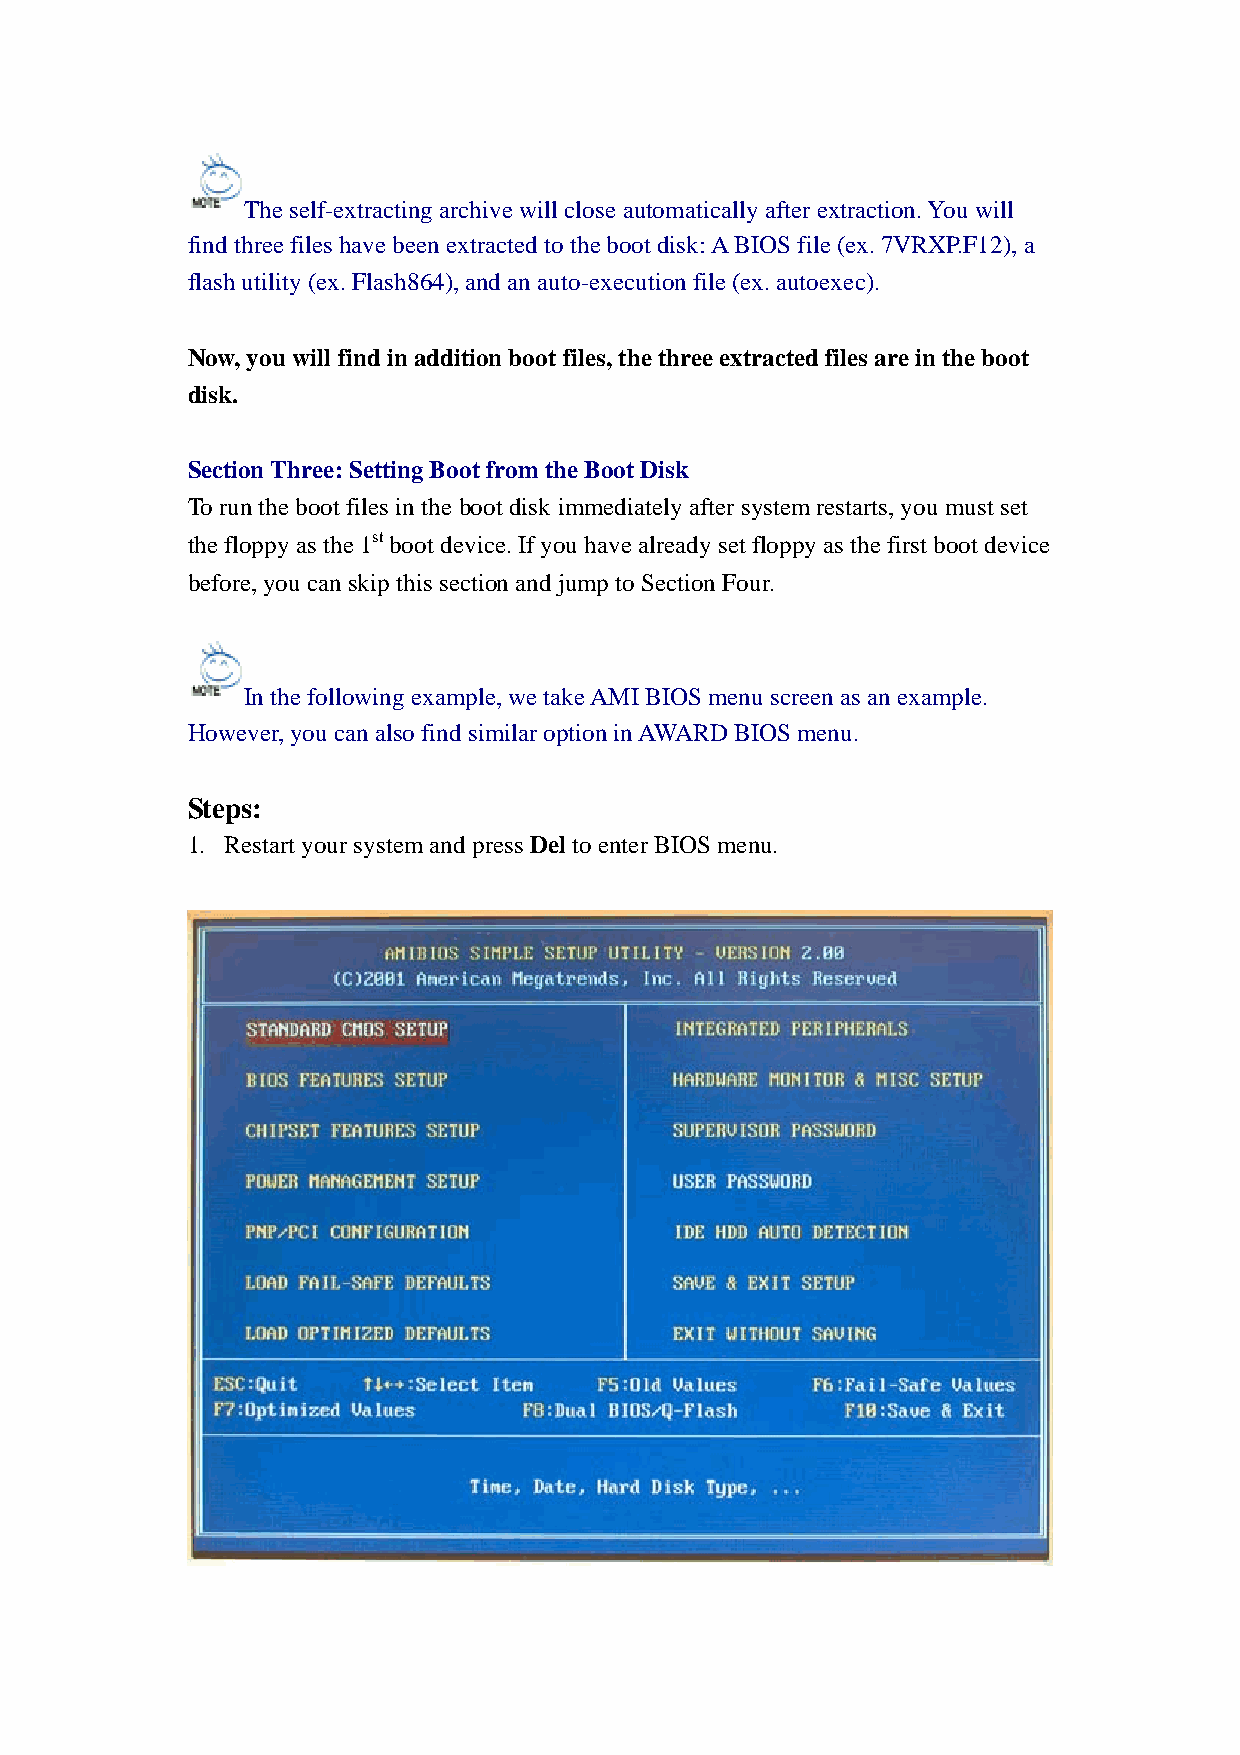
The self-extracting archive will close automatically after extraction. You will
 find three files have been extracted to the boot disk: A BIOS file (ex. 7VRXP.F12), a
 flash utility (ex. Flash864), and an auto-execution file (ex. autoexec).
 Now, you will find in addition boot files, the three extracted files are in the boot
 disk.
 Section Three: Setting Boot from the Boot Disk
 To run the boot files in the boot disk immediately after system restarts, you must set
 the floppy as the 1st boot device. If you have already set floppy as the first boot device
 before, you can skip this section and jump to Section Four.
 In the following example, we take AMI BIOS menu screen as an example.
 However, you can also find similar option in AWARD BIOS menu.
 Steps:
 1. Restart your system and press Del to enter BIOS menu.